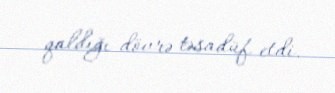
qaldığı dövrə təsadüf etdi.